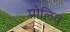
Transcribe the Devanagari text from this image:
प्रोलिव